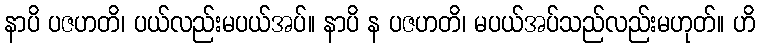
နာပိ ပဇဟတိ၊ ပယ်လည်းမပယ်အပ်။ နာပိ န ပဇဟတိ၊ မပယ်အပ်သည်လည်းမဟုတ်။ ဟိ